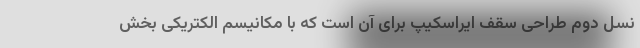
نسل دوم طراحی سقف ایراسکیپ برای آن است که با مکانیسم الکتریکی بخش